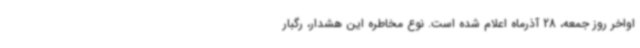
اواخر روز جمعه، 28 آذرماه اعلام شده است. نوع مخاطره این هشدار، رگبار